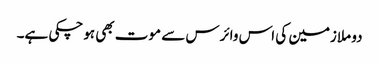
دو ملازمین کی اس وائرس سے موت بھی ہوچکی ہے۔